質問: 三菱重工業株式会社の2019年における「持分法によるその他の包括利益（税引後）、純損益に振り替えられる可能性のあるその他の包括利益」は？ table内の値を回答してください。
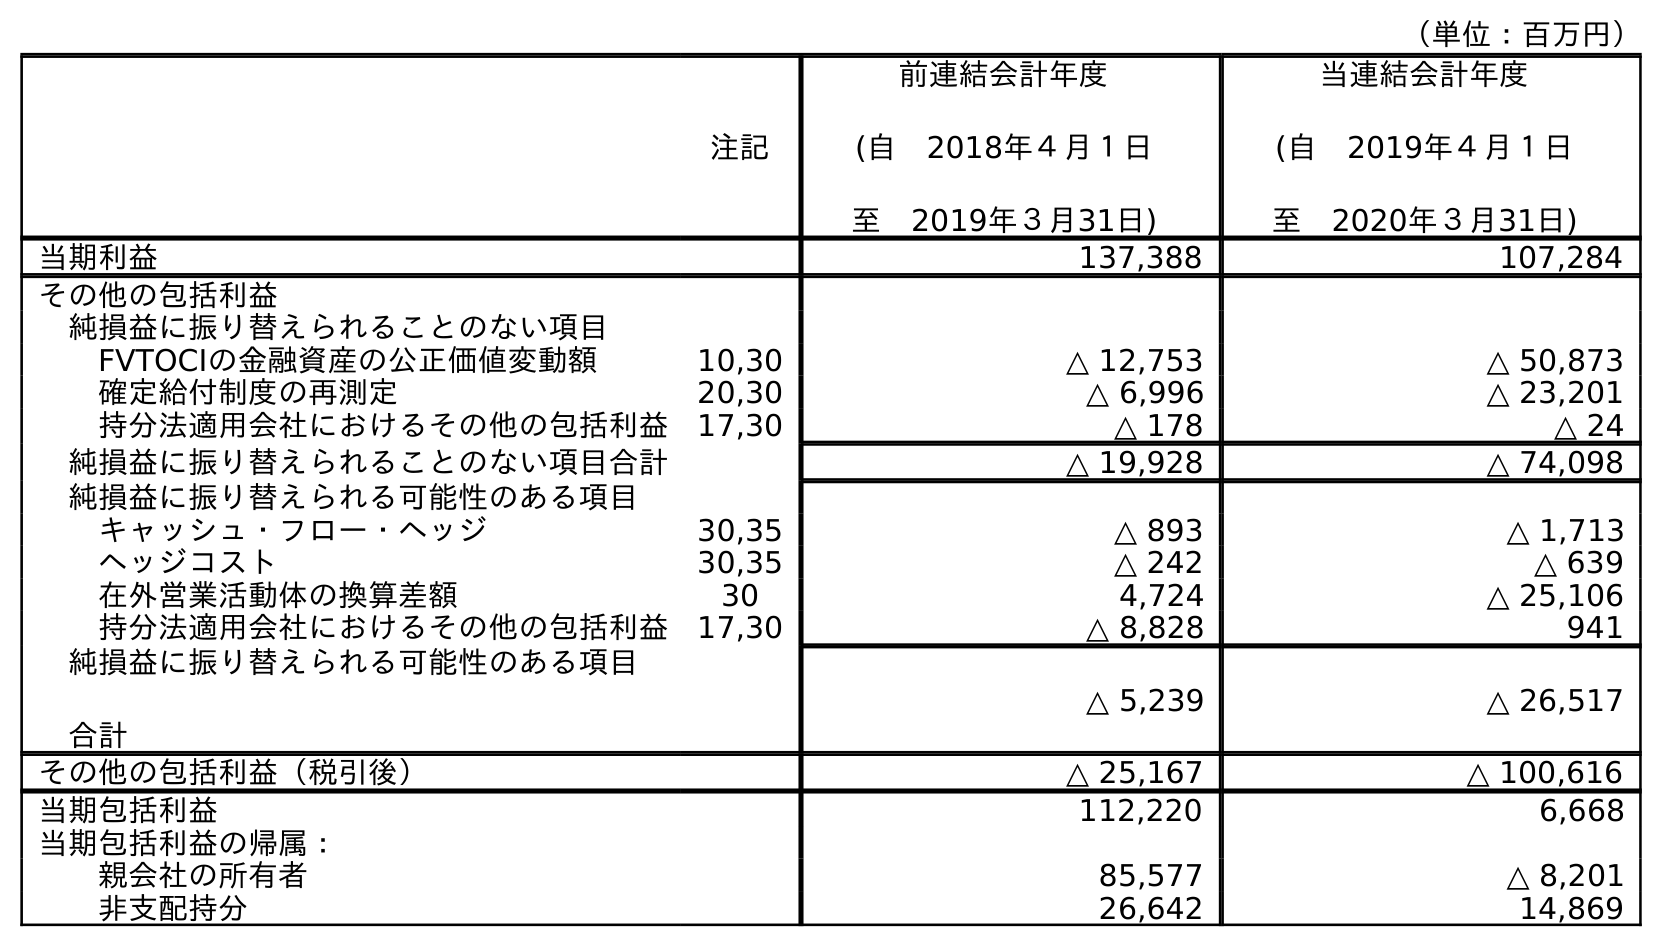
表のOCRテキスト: （単位：百万円） 注記 前連結会計年度 (自 2018年４月１日 至 2019年３月31日) 当連結会計年度 (自 2019年４月１日 至 2020年３月31日) 当期利益 137,388 107,284 その他の包括利益 純損益に振り替えられることのない項目 FVTOCIの金融資産の公正価値変動額 10,30 △ 12,753 △ 50,873 確定給付制度の再測定 20,30 △ 6,996 △ 23,201 持分法適用会社におけるその他の包括利益 17,30 △ 178 △ 24 純損益に振り替えられることのない項目合計 △ 19,928 △ 74,098 純損益に振り替えられる可能性のある項目 キャッシュ・フロー・ヘッジ 30,35 △ 893 △ 1,713 ヘッジコスト 30,35 △ 242 △ 639 在外営業活動体の換算差額 30 4,724 △ 25,106 持分法適用会社におけるその他の包括利益 17,30 △ 8,828 941 純損益に振り替えられる可能性のある項目 合計 △ 5,239 △ 26,517 その他の包括利益（税引後） △ 25,167 △ 100,616 当期包括利益 112,220 6,668 当期包括利益の帰属： 親会社の所有者 85,577 △ 8,201 非支配持分 26,642 14,869
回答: △8,828